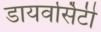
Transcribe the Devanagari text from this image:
डायवर्सिटी